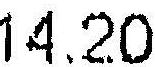
0.00